Annual report of the Punjab Veterinary College and of the Civil Veterinary Department, Punjab - 1926-1932
Year: 1926
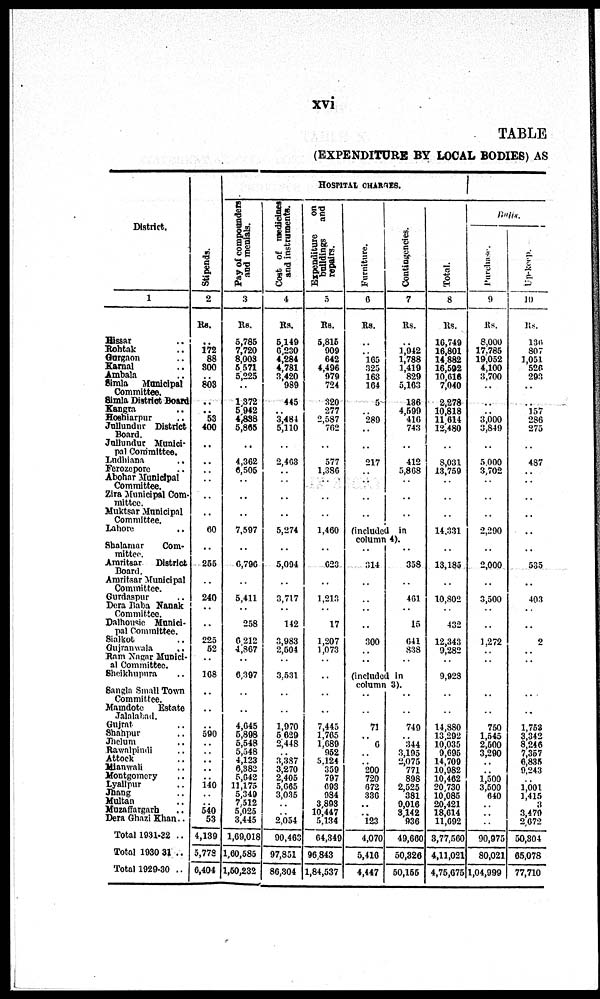
xvi
TABLE
(EXPENDITURE BY LOCAL BODIES) AS
District.
1
Hissar ..
Rohtak ..
Gurgaon ..
Karnal ..
Ambala ..
Simla
Municipal
Committee.
Simla District Board
Kangra ..
Hoshiarpur ..
Jullundur District
Board.
Jullundur Munici-
pal Committee.
Ludhiana ..
Ferozepore ..
Abohar Municipal
Committee.
Zira Municipal Com-
mittee.
Muktsar Municipal
Committee.
Lahore ..
Shalamar
Com-
mittee.
Amritsar
District
Board.
Amritsar Municipal
Committee.
Gurdaspur ..
Dera Baba Nanak
Committee.
Dalhousie Munici-
pal Committee.
Sialkot ..
Gujranwala ..
Ram Nagar Munici¬
al Committee.
Sheikhupura ..
Sangla Small Town
Committee.
Mamdote
Estate
Jalalabad.
Gujrat ..
Shahpur ..
Jhelum ..
Rawalpindi ..
Attock ..
Mianwali ..
Montgomery
Lyallpur ..
Jhang ..
Multan ..
Muzaffargarh ..
Dera Ghazi Khan..
Total 1931-22 ..
Total 1930 31 ..
Total 1929-30 ..
Stipends.
2
Rs.
..
172
88
300
.. 803
..
..
53
400
..
..
..
..
..
..
60
..
255
..
240
..
..
225
52
..
168
..
..
.. 590
..
..
..
..
.. 140
..
.. 540
53
4,139
5,778
6,404
HOSPITAL CHARGES.
Pay of compounders
and menials.
3
Rs.
5,785
7,720
8,003
5 571
5,225
..
1,372
5,942
4,838
5,865
..
4,362
6,505
..
..
..
7,597
..
6,796
..
5,411
..
258
6,212
4,867
..
6,397
..
..
4,645
5,898
5,548
5,548
4,123
6,382
5,642
11,175
5,349
7,512
5,025
3,445
1,69,018
1,60,585
1,50,232
Cost of medicines
and instruments.
4
Rs.
5,149
6,230
4,284
4,781
3,420
989
445
.. 3,484
5,110
..
2,463
..
..
..
..
5,274
..
5,094
..
3,717
..
142
3,983
2,504
..
3,531
..
..
1,970
5,629
2,448
.. 3,387
3,270
2,405
5,665
3,035
..
.. 2,054
90,463
97,851
86,304
Expenditure
on
buildings and
repairs.
5
Rs.
5,815
909
642
4,496
979
724
320
277
2,587
762
..
577
1,386
..
..
..
1,460
..
623
..
1,213
..
17
1,207
1,073
..
..
..
..
7,445
1,765
1,689
952
5,124
359
797
693
984
3,893
10,447
5,134
64,349
96,843
1,84,537
Furiniture
6
Rs.
..
.. 165
325
163
164
5
.. 289
..
..
217
..
..
..
..
Contingencies.
7
Rs.
..
1,942
1,788
1,419
829
5,163
136
4,599
416
743
..
412
5,868
..
..
..
(included in
column 4).
..
314
..
..
..
..
300
..
..
..
358
..
461
..
15
641
838
..
(included in
column 3).
..
..
71
..
6
..
..
200
720
672
336
..
.. 123
4,070
5,416
4,447
..
..
749
.. 344
3,195
2,075
771
898
2,525
381
9,016
3,142
936
49,660
50,326
50,155
Total.
8
Rs.
16,749
16,801
14,882
16,592
10,616
7,040
2,278
10,818
11,614
12,480
..
8,031
13,759
..
..
..
14,331
..
13,185
..
10,802
..
432
12,343
9,282
..
9,928
..
..
14,880
13,292
10,035
9,695
14,709
10,982
10,462
20,730
10,085
20,421
18,614
11,692
3,77,560
4,11,021
4,75,675
Bulls.
Purchase.
9
Rs.
8,000
17,785
19,052
4,100
3,700
..
..
.. 3,000
3,849
..
5,000
3,702
..
..
..
2,290
..
2,000
..
3,500
..
..
1,272
..
..
..
..
750
1,545
2,500
3,290
..
.. 1,500
3,500
640
..
..
..
90,975
80,021
1,04,999
Up-keep.
10
Rs.
136
807
1,051
526
293
..
.. 157
286
275
..
487
..
..
..
..
..
..
535
..
403
..
..
2
..
..
..
..
1,753
3,342
8,246
7,357
6,835
9,243
.. 1,001
1,415
3
3,479
2,672
50,304
65,078
77,710